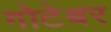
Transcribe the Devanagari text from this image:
गोटेश्वर